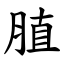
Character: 䐈